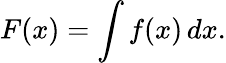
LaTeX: F(x)=\int f(x)\, dx.